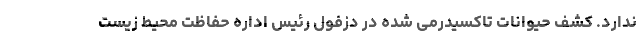
ندارد. کشف حیوانات تاکسیدرمی شده در دزفول رئیس اداره حفاظت محیط زیست